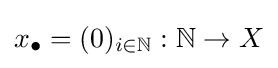
x_{\bullet }=(0)_{i\in \mathbb {N} }:\mathbb {N} \to X